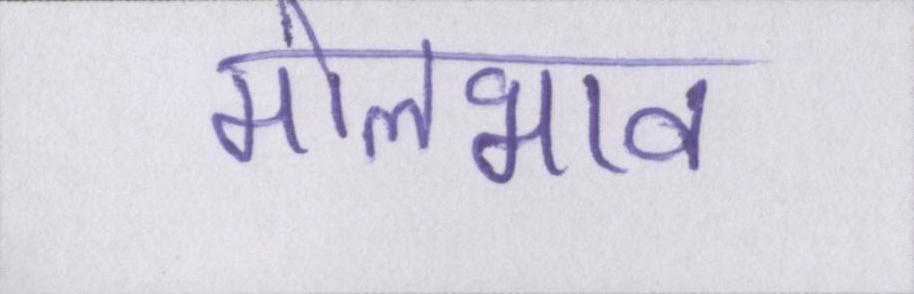
मोलभाव